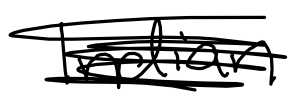
Text: Indian
Cross-out: scratch
Writing tool: digital_black